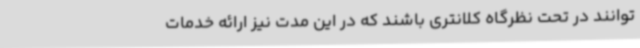
توانند در تحت نظرگاه کلانتری باشند که در این مدت نیز ارائه خدمات